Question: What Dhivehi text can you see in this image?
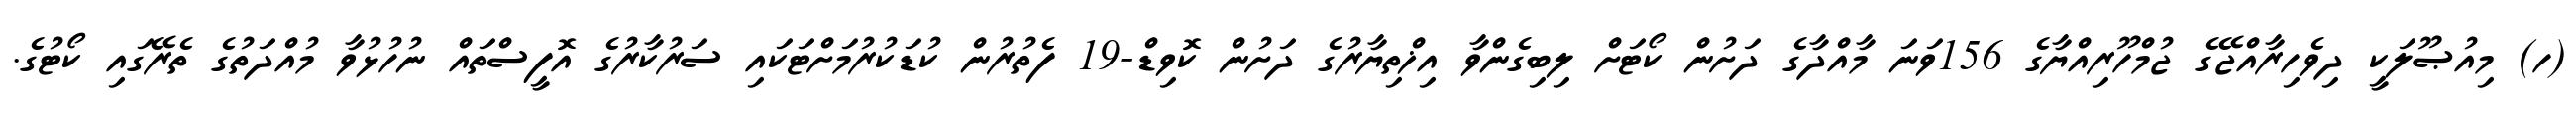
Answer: (ހ) މިއުޞޫލަކީ ދިވެހިރާއްޖޭގެ ޖުމްހޫރިއްޔާގެ 156ވަނަ މާއްދާގެ ދަށުން ކޯޓަށް ލިބިގެންވާ އިޚްތިޔާރުގެ ދަށުން ކޮވިޑް-19 ފެތުރުން ކުޑަކުރުމަށްޓަކައި ސަރުކާރުގެ އޮފީސްތައް ނުހުޅުވާ މުއްދަތުގެ ތެރޭގައި ކޯޓުގެ.